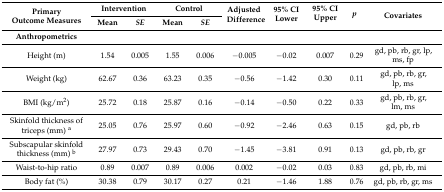
<table><thead><tr><td rowspan="2"><b>Primary Outcome Measures</b></td><td colspan="2"><b>Intervention</b></td><td colspan="2"><b>Control</b></td><td rowspan="2"><b>Adjusted Difference</b></td><td rowspan="2"><b>95% CI Lower</b></td><td rowspan="2"><b>95% CI Upper</b></td><td rowspan="2"><b><i>p</i></b></td><td rowspan="2"><b>Covariates</b></td></tr><tr><td><b>Mean</b></td><td><b><i>SE</i></b></td><td><b>Mean</b></td><td><b><i>SE</i></b></td></tr><tr><td><b>Anthropometrics</b></td><td></td><td></td><td></td><td></td><td></td><td></td><td></td><td></td><td></td></tr></thead><tbody><tr><td>Height (m)</td><td>1.54</td><td>0.005</td><td>1.55</td><td>0.006</td><td>−0.005</td><td>−0.02</td><td>0.007</td><td>0.29</td><td>gd, pb, rb, gr, lp, ms, fp</td></tr><tr><td>Weight (kg)</td><td>62.67</td><td>0.36</td><td>63.23</td><td>0.35</td><td>−0.56</td><td>−1.42</td><td>0.30</td><td>0.11</td><td>gd, pb, rb, gr, lp, ms</td></tr><tr><td>BMI (kg/m<sup>2</sup>)</td><td>25.72</td><td>0.18</td><td>25.87</td><td>0.16</td><td>−0.14</td><td>−0.50</td><td>0.22</td><td>0.33</td><td>gd, pb, rb, gr, lm, ms</td></tr><tr><td>Skinfold thickness of triceps (mm) <sup>a</sup></td><td>25.05</td><td>0.76</td><td>25.97</td><td>0.60</td><td>−0.92</td><td>−2.46</td><td>0.63</td><td>0.15</td><td>gd, pb, rb</td></tr><tr><td>Subscapular skinfold thickness (mm) <sup>b</sup></td><td>27.97</td><td>0.73</td><td>29.43</td><td>0.70</td><td>−1.45</td><td>−3.81</td><td>0.91</td><td>0.13</td><td>gd, pb, rb, gr</td></tr><tr><td>Waist-to-hip ratio</td><td>0.89</td><td>0.007</td><td>0.89</td><td>0.006</td><td>0.002</td><td>−0.02</td><td>0.03</td><td>0.83</td><td>gd, pb, rb, mi</td></tr><tr><td>Body fat (%)</td><td>30.38</td><td>0.79</td><td>30.17</td><td>0.27</td><td>0.21</td><td>−1.46</td><td>1.88</td><td>0.76</td><td>gd, pb, rb, gr, ms</td></tr></tbody></table>